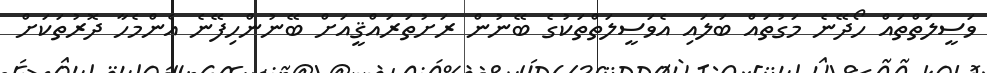
ވަސީލަތްތައް ހޯދޭނެ މަގުތައް ބަލައި އެވަސީލަތްތަކުގެ ބޭނުން ރަށުތަރައްޤީއަށް ބޭނުންހިފޭނެ އެންމެހާ ދޮރުތަކަށް